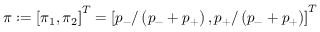
\pi : = \left[ \pi _ { 1 } , \pi _ { 2 } \right] ^ { T } = \left[ p _ { - } / \left( p _ { - } + p _ { + } \right) , p _ { + } / \left( p _ { - } + p _ { + } \right) \right] ^ { T }